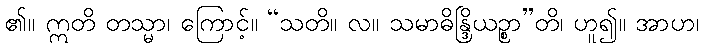
၏။ ဣတိ တသ္မာ၊ ကြောင့်။ “သတိ။ လ။ သမာဓိန္ဒြိယဉ္စာ”တိ၊ ဟူ၍။ အာဟ၊